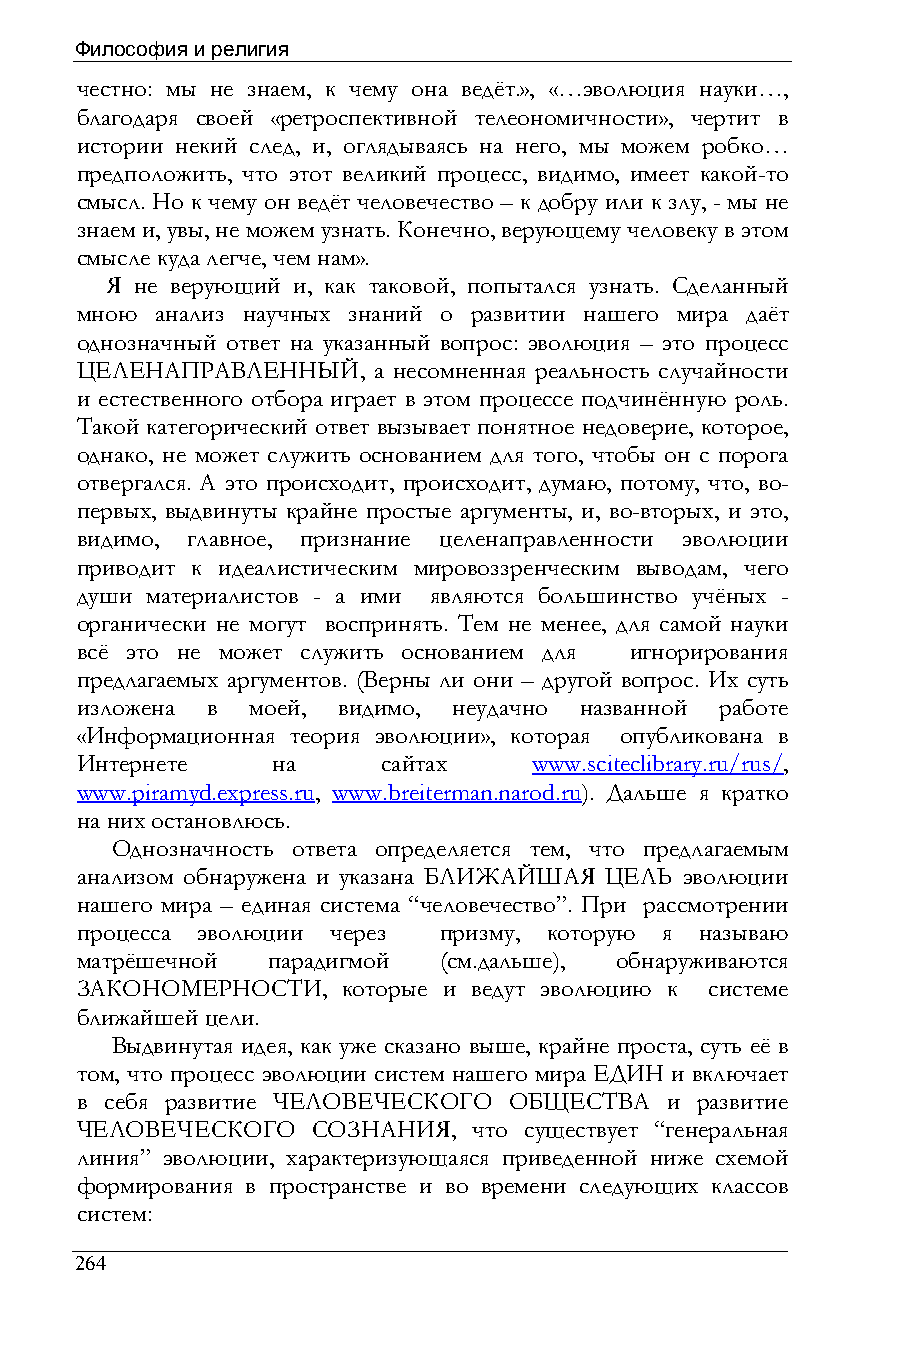
Философия и религия
 честно: мы не знаем, к чему она ведёт.», «…эволюция науки…,
 благодаря своей «ретроспективной телеономичности», чертит в
 истории некий след, и, оглядываясь на него, мы можем робко…
 предположить, что этот великий процесс, видимо, имеет какой-то
 смысл. Но к чему он ведёт человечество – к добру или к злу, - мы не
 знаем и, увы, не можем узнать. Конечно, верующему человеку в этом
 смысле куда легче, чем нам».
 Я не верующий и, как таковой, попытался узнать. Сделанный
 мною анализ научных знаний о развитии нашего мира даёт
 однозначный ответ на указанный вопрос: эволюция – это процесс
 ЦЕЛЕНАПРАВЛЕННЫЙ,   а несомненная реальность случайности
 и естественного отбора играет в этом процессе подчинённую роль.
 Такой категорический ответ вызывает понятное недоверие, которое,
 однако, не может служить основанием для того, чтобы он с порога
 отвергался. А это происходит, происходит, думаю, потому, что, во-
 первых, выдвинуты крайне простые аргументы, и, во-вторых, и это,
 видимо, главное, признание целенаправленности эволюции
 приводит к идеалистическим мировоззренческим выводам, чего
 души материалистов - а ими являются большинство учёных -
 органически не могут воспринять. Тем не менее, для самой науки
 всё это не может служить основанием для игнорирования
 предлагаемых аргументов. (Верны ли они – другой вопрос. Их суть
 изложена в моей, видимо, неудачно названной работе
 «Информационная теория эволюции», которая опубликована в
 Интернете    на     сайтах    www.sciteclibrary.ru/rus/,
 www.piramyd.express.ru, www.breiterman.narod.ru). Дальше я кратко
 на них остановлюсь.
 Однозначность ответа определяется тем, что предлагаемым
 анализом обнаружена и указана БЛИЖАЙШАЯ ЦЕЛЬ эволюции
 нашего мира – единая система “человечество”. При рассмотрении
 процесса эволюции через призму, которую я называю
 матрёшечной  парадигмой (см.дальше), обнаруживаются
 ЗАКОНОМЕРНОСТИ,   которые и ведут эволюцию к системе
 ближайшей цели.
 Выдвинутая идея, как уже сказано выше, крайне проста, суть её в
 том, что процесс эволюции систем нашего мира ЕДИН и включает
 в себя развитие ЧЕЛОВЕЧЕСКОГО ОБЩЕСТВА и развитие
 ЧЕЛОВЕЧЕСКОГО   СОЗНАНИЯ, что существует “генеральная
 линия” эволюции, характеризующаяся приведенной ниже схемой
 формирования в пространстве и во времени следующих классов
 систем:
 264